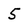
Character: 5